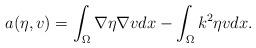
LaTeX: \begin{align*}a(\eta,v)=\int_{\Omega}\nabla \eta\nabla vdx-\int_{\Omega}k^2 \eta v dx.\end{align*}